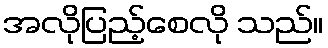
အလိုပြည့်စေလို သည်။